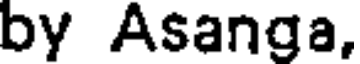
by Asanga,